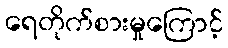
ရေတိုက်စားမှုကြောင့်